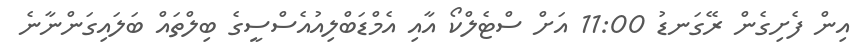
އިން ފެށިގެން ރޭގަނޑު 11:00 އަށް ސްޓެލްކޯ އާއި އެމްޑަބްލިއުއެސްސީގެ ބިލްތައް ބަލައިގަންނާނެ